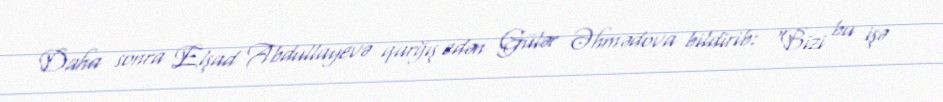
Daha sonra Elşad Abdullayevə qarğış edən Gülər Əhmədova bildirib: “Bizi bu işə